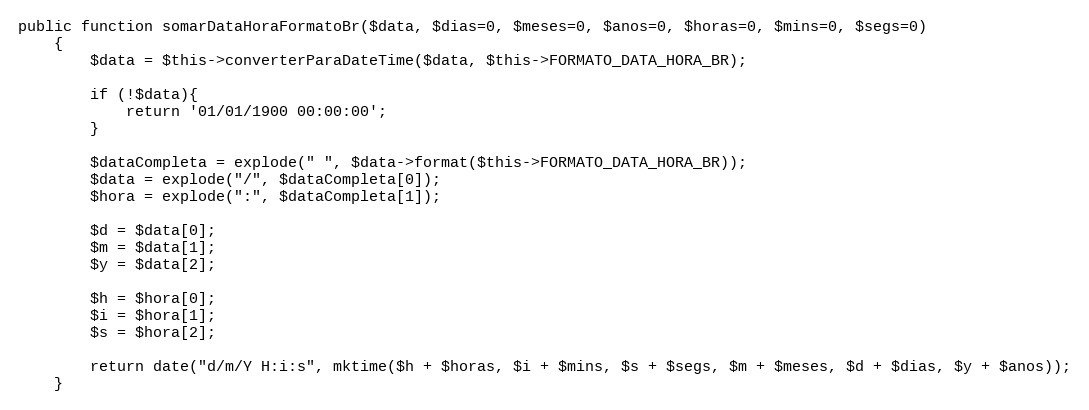
Language: PHP
public function somarDataHoraFormatoBr($data, $dias=0, $meses=0, $anos=0, $horas=0, $mins=0, $segs=0)
    {
        $data = $this->converterParaDateTime($data, $this->FORMATO_DATA_HORA_BR);

        if (!$data){
            return '01/01/1900 00:00:00';
        }

        $dataCompleta = explode(" ", $data->format($this->FORMATO_DATA_HORA_BR));
        $data = explode("/", $dataCompleta[0]);
        $hora = explode(":", $dataCompleta[1]);

        $d = $data[0];
        $m = $data[1];
        $y = $data[2];

        $h = $hora[0];
        $i = $hora[1];
        $s = $hora[2];

        return date("d/m/Y H:i:s", mktime($h + $horas, $i + $mins, $s + $segs, $m + $meses, $d + $dias, $y + $anos));
    }